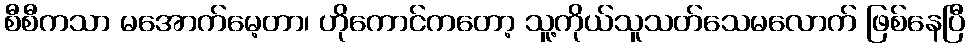
စီစီကသာ မအောက်မေ့တာ၊ ဟိုကောင်ကတော့ သူ့ကိုယ်သူသတ်သေမလောက် ဖြစ်နေပြီ